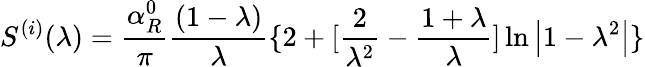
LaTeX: S^{(i)}(\lambda)=\frac{\alpha_{R}^{0}}\pi\frac{(1-\lambda)}\lambda\{ 2+[\frac 2{\lambda^{2}}-\frac{1+\lambda}\lambda]\ln\left|1-\lambda^{2}\right|\}